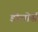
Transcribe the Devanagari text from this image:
डोलोर्स